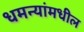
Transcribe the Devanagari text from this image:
धमन्यांमधील